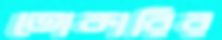
তোকারির